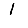
Digit: 1